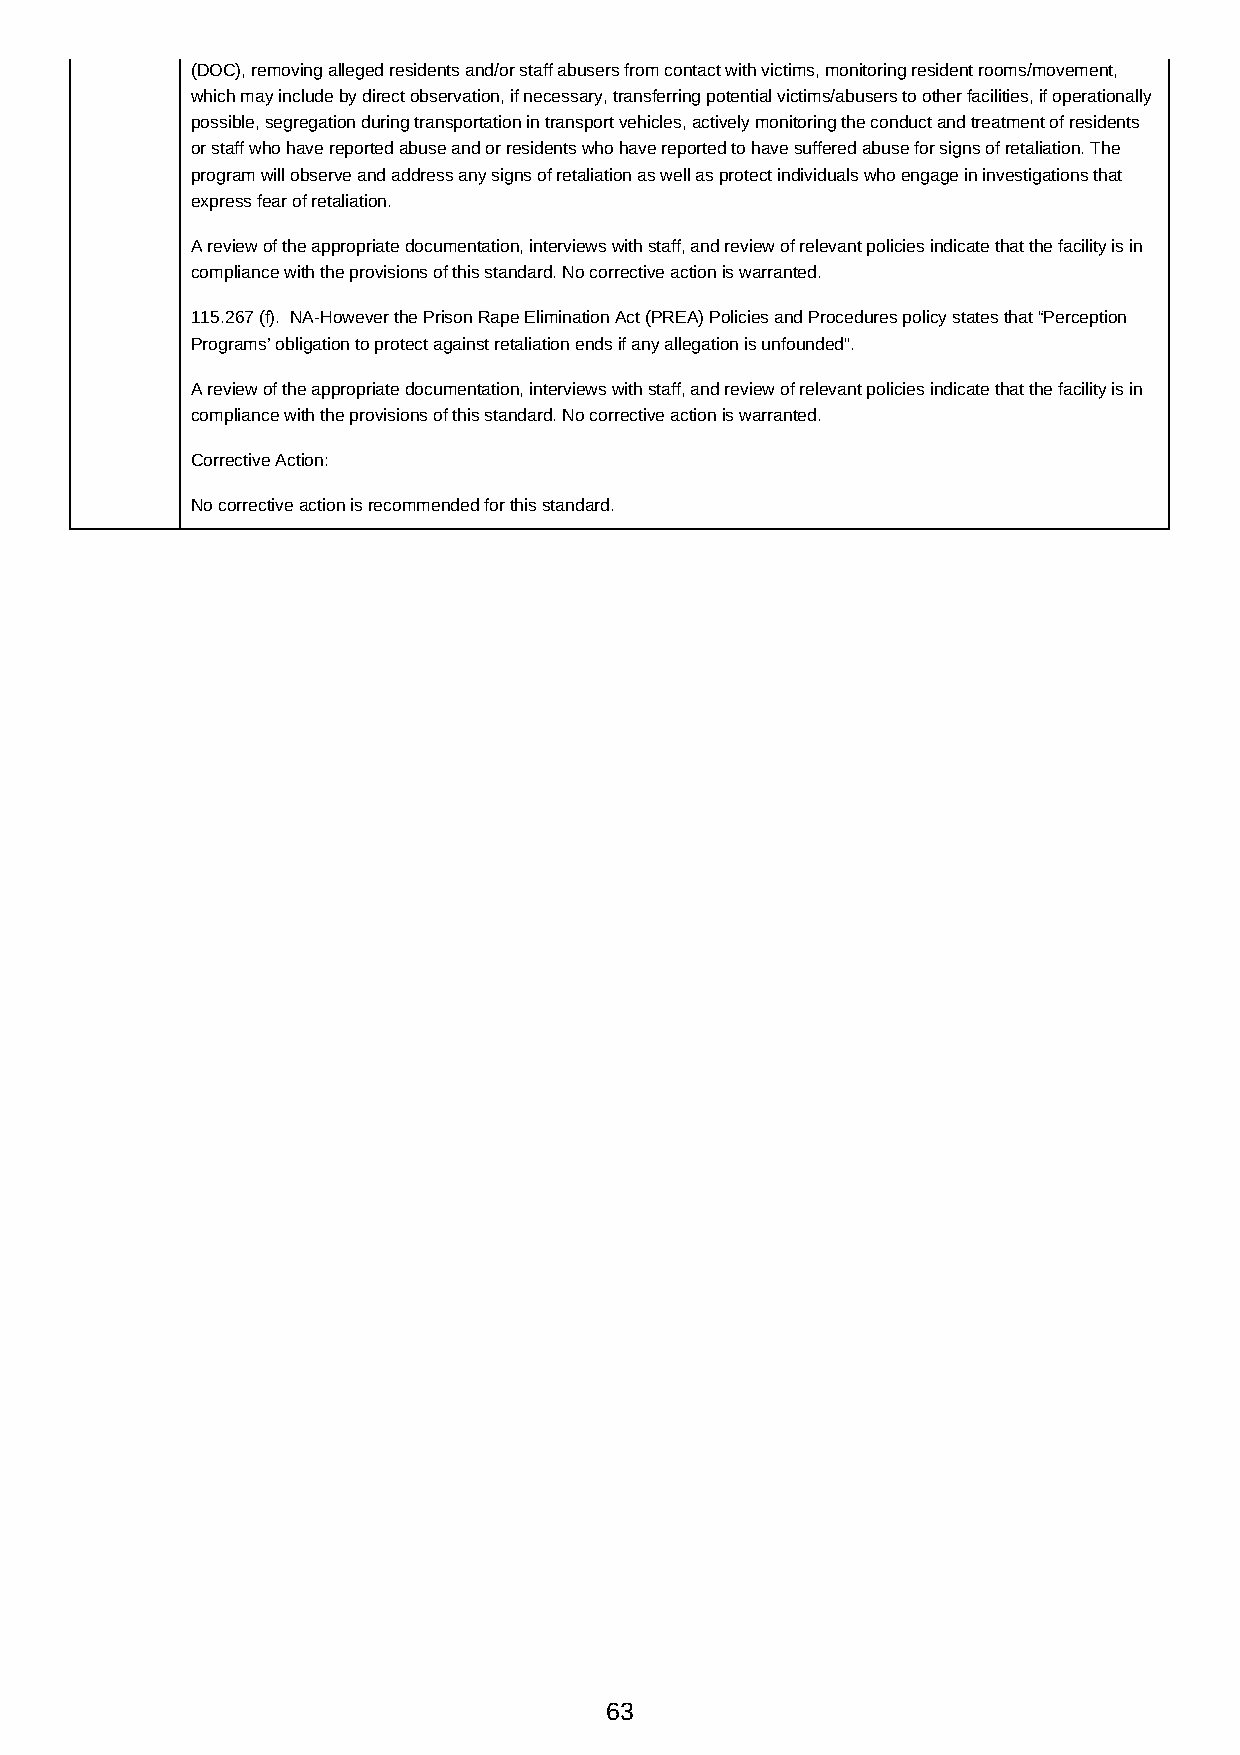
(DOC), removing alleged residents and/or staff abusers from contact with victims, monitoring resident rooms/movement,
 which may include by direct observation, if necessary, transferring potential victims/abusers to other facilities, if operationally
 possible, segregation during transportation in transport vehicles, actively monitoring the conduct and treatment of residents
 or staff who have reported abuse and or residents who have reported to have suffered abuse for signs of retaliation. The
 program will observe and address any signs of retaliation as well as protect individuals who engage in investigations that
 express fear of retaliation.
 A review of the appropriate documentation, interviews with staff, and review of relevant policies indicate that the facility is in
 compliance with the provisions of this standard. No corrective action is warranted.
 115.267 (f). NA-However the Prison Rape Elimination Act (PREA) Policies and Procedures policy states that “Perception
 Programs’ obligation to protect against retaliation ends if any allegation is unfounded”.
 A review of the appropriate documentation, interviews with staff, and review of relevant policies indicate that the facility is in
 compliance with the provisions of this standard. No corrective action is warranted.
 Corrective Action:
 No corrective action is recommended for this standard.
 63